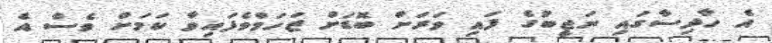
އެ ހާދިސާގައި ނަޖީބުގެ ފައި ވަރަށް ބޮޑަށް ޒަހަމްވެފައިވާ ކަމަށް ވެސް އެ